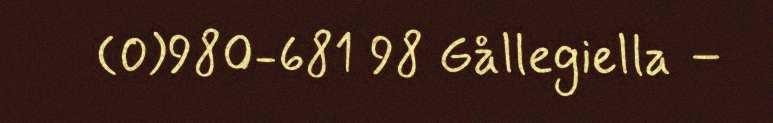
(0)980-681 98 Gållegiella –